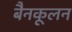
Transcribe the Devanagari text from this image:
बैनकूलन